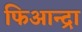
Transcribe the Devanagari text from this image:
फिआन्द्रा